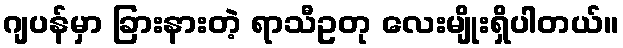
ဂျပန်မှာ ခြားနားတဲ့ ရာသီဥတု လေးမျိုးရှိပါတယ်။